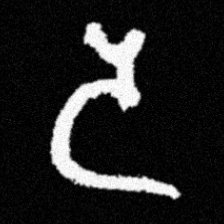
Pyu character \u2014 Myanmar letter: ဒ (romanized: da)